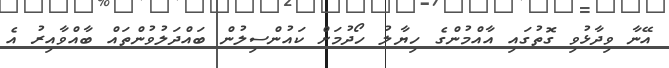
އޭނާ ވިދާޅުވި ގޮތުގައި އާއްމުންގެ ހިޔާލު ހޯދުމަށް ކައުންސިލުން ބައްދަލުވުންތައް ބާއްވާއިރު އެ